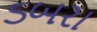
ડબરા